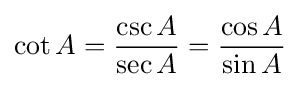
\cot A={\frac {\csc A}{\sec A}}={\frac {\cos A}{\sin A}}